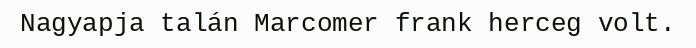
Nagyapja talán Marcomer frank herceg volt.